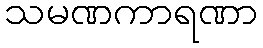
သမဏကာရဏာ